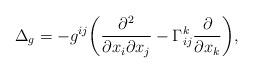
LaTeX: \begin{align*} \Delta_g= -g^{ij} \biggl(\frac{\partial^2}{\partial x_i \partial x_j}- \Gamma_{ij}^k \frac{\partial}{\partial x_k}\biggl),\end{align*}